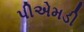
પીએમડી